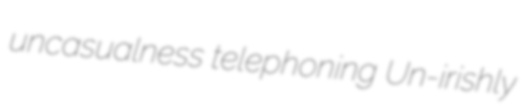
uncasualness telephoning Un-irishly